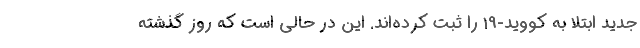
جدید ابتلا به کووید-19 را ثبت کرده‌اند. این در حالی است که روز گذشته